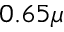
0 . 6 5 \mu